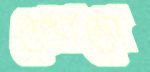
শেখামো